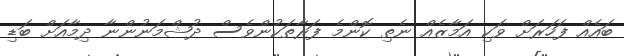
ބައެއް ފަހަރަށް ވަކި އަމާޒެއް ނެތި ކޮންމެ ފަރާތަކުންވެސް ދުޝްމަނުންނާ ދިމާއަށް ބަޑި